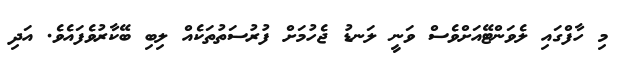
މި ހާފްގައި ލެވަންޓޭއަށްވެސް ވަނީ ލަނޑު ޖެހުމަށް ފުރުސަތުތަކެއް ލިބި ބޭކާރުވެފައެވެ. އަދި